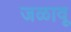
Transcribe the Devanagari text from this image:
जळावू